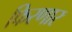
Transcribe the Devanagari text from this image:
फिरणार